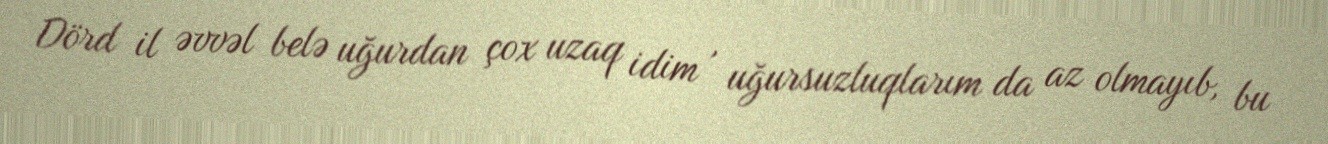
Dörd il əvvəl belə uğurdan çox uzaq idim , uğursuzluqlarım da az olmayıb, bu